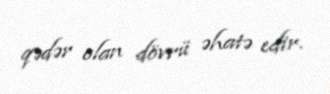
qədər olan dövrü əhatə edir.